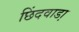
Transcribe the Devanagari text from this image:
छिंदवाडा़